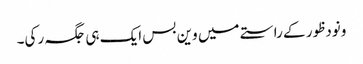
ونودظور کے راستے میں وین بس ایک ہی جگہ رکی۔